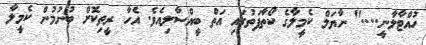
ހުއްޓާލާނީ...." ނާޔަލް ކެމީލާގެ ކޯތާފަތުގައި އަތް ބީއްސާލިއެވެ. އެހާ ރީތިކޮށް ބުނުމުން ކެމީލާ